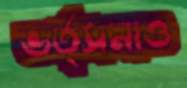
ভর্ত্সনাও